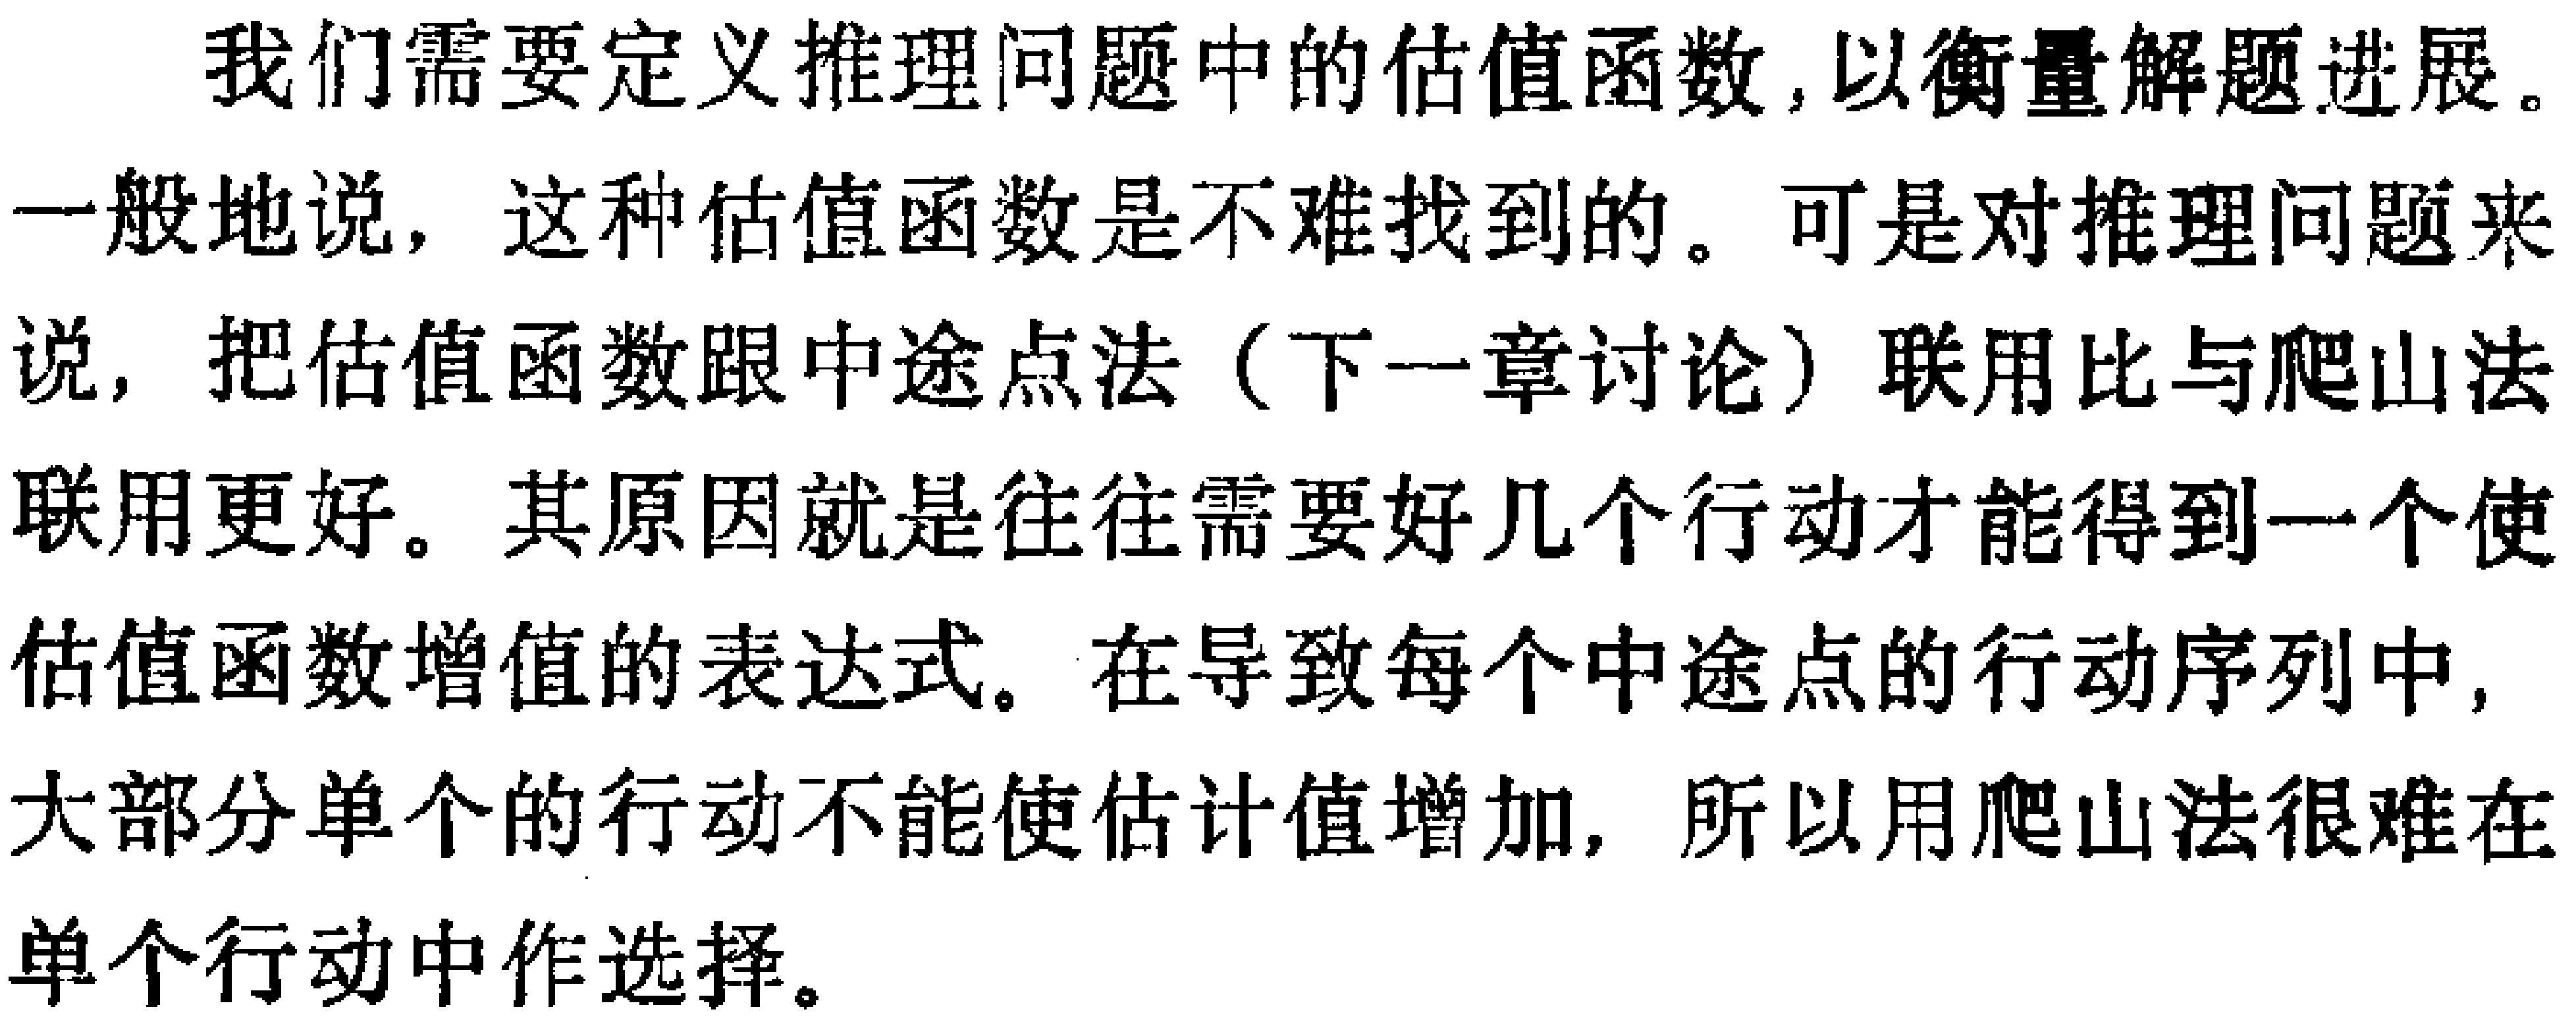
我们需要定义推理问题中的估值函数,以衡量解题进展。
一般地说，这种估值函数是不难找到的。可是对推理问题来说，把估值函数跟中途点法（下一章讨论）联用比与爬山法联用更好。其原因就是往往需要好几个行动才能得到一个使估值函数增值的表达式。在导致每个中途点的行动序列中，大部分单个的行动不能使估计值增加，所以用爬山法很难在单个行动中作选择。